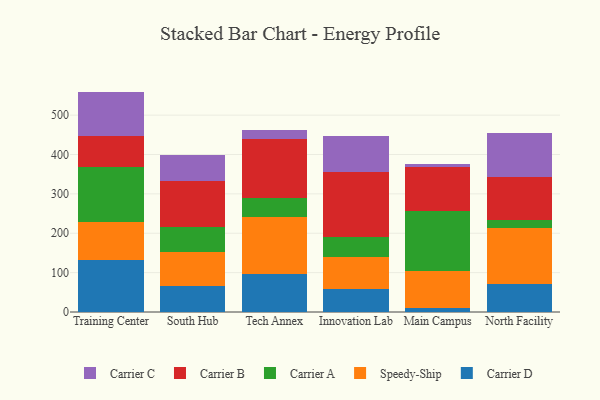
{"axis": {"x": "Campus", "y": "LTV (USD)"}, "legend": ["Carrier A", "Carrier B", "Carrier C", "Carrier D", "Speedy-Ship"], "data": [{"x": "Training Center", "y": 130.9, "type": "Carrier D"}, {"x": "Training Center", "y": 97.3, "type": "Speedy-Ship"}, {"x": "Training Center", "y": 139.2, "type": "Carrier A"}, {"x": "Training Center", "y": 80.4, "type": "Carrier B"}, {"x": "Training Center", "y": 112.0, "type": "Carrier C"}, {"x": "South Hub", "y": 65.6, "type": "Carrier D"}, {"x": "South Hub", "y": 86.0, "type": "Speedy-Ship"}, {"x": "South Hub", "y": 63.1, "type": "Carrier A"}, {"x": "South Hub", "y": 117.4, "type": "Carrier B"}, {"x": "South Hub", "y": 65.5, "type": "Carrier C"}, {"x": "Tech Annex", "y": 95.7, "type": "Carrier D"}, {"x": "Tech Annex", "y": 145.6, "type": "Speedy-Ship"}, {"x": "Tech Annex", "y": 48.8, "type": "Carrier A"}, {"x": "Tech Annex", "y": 149.9, "type": "Carrier B"}, {"x": "Tech Annex", "y": 22.2, "type": "Carrier C"}, {"x": "Innovation Lab", "y": 57.5, "type": "Carrier D"}, {"x": "Innovation Lab", "y": 83.4, "type": "Speedy-Ship"}, {"x": "Innovation Lab", "y": 50.8, "type": "Carrier A"}, {"x": "Innovation Lab", "y": 164.1, "type": "Carrier B"}, {"x": "Innovation Lab", "y": 90.8, "type": "Carrier C"}, {"x": "Main Campus", "y": 10.2, "type": "Carrier D"}, {"x": "Main Campus", "y": 94.6, "type": "Speedy-Ship"}, {"x": "Main Campus", "y": 152.2, "type": "Carrier A"}, {"x": "Main Campus", "y": 110.9, "type": "Carrier B"}, {"x": "Main Campus", "y": 7.1, "type": "Carrier C"}, {"x": "North Facility", "y": 71.6, "type": "Carrier D"}, {"x": "North Facility", "y": 140.6, "type": "Speedy-Ship"}, {"x": "North Facility", "y": 21.1, "type": "Carrier A"}, {"x": "North Facility", "y": 110.7, "type": "Carrier B"}, {"x": "North Facility", "y": 110.5, "type": "Carrier C"}]}